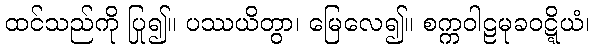
ထင်သည်ကို ပြု၍။ ပဿယိတွာ၊ မြေလေ၍။ စက္ကဝါဠမုခဝဋ္ဋိယံ၊